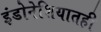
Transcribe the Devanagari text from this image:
इंडोनेशियातही